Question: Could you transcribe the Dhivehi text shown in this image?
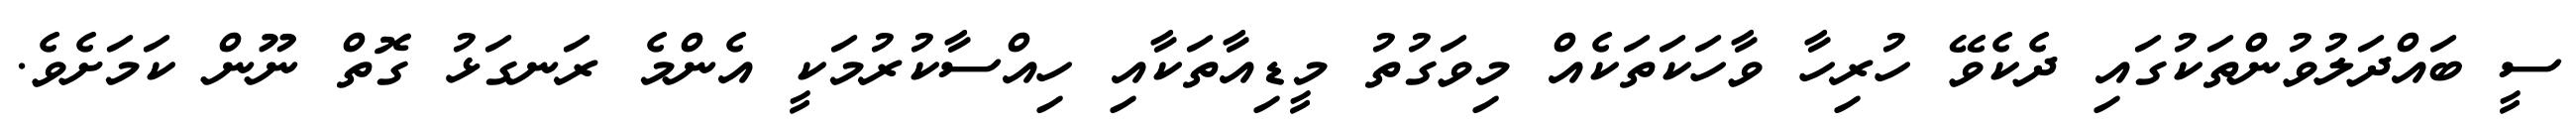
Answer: ސީ ބައްދަލުވުންތަކުގައި ދެކެވޭ ހުރިހާ ވާހަކަތަކެއް މިވަގުތު މީޑިއާތަކާއި ހިއްސާކުރުމަކީ އެންމެ ރަނގަޅު ގޮތް ނޫން ކަމަށެވެ.